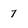
Character: 7